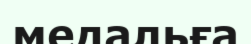
медальға